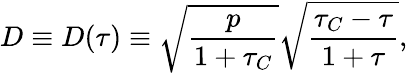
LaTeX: \begin{array}{ccc}{\displaystyle{D\equiv D(\tau)\equiv\sqrt{\frac{p}{1+\tau_{C}}}\sqrt{\frac{\tau_{C}-\tau}{1+\tau}},}}\end{array}